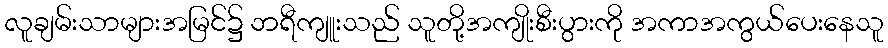
လူချမ်းသာများအမြင်၌ ဘရီကျူးသည် သူတို့အကျိုးစီးပွားကို အကာအကွယ်ပေးနေသူ